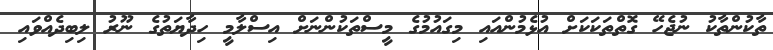
ތާކުންތާކު ނުޖެހޭ ގޮތްތަކަކަށް އުޅެމުންއައި މިގައުމުގެ މީސްތަކުންނަށް އިސްލާމީ ހިދާޔަތުގެ ނޫރު ލިބިދެއްވައި